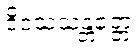
ဒိဝသသန္တတ္တေ